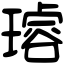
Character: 𤩅